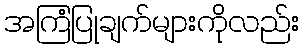
အကြံပြုချက်များကိုလည်း